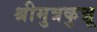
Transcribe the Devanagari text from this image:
श्रीमुत्रकुन्नू